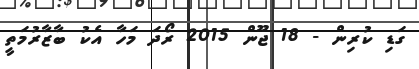
ގަޑި ކުރިން - 18 ޖޫން 2015 ރޯދަ މަހާ އެކު ބާޒާރުމަތީ